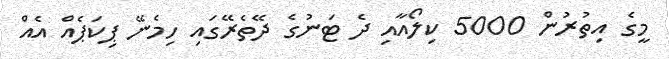
މީގެ އިތުރުން 5000 ކިލޯއާއި ދެ ޓަނުގެ ދޭތެރޭގައި ހިމެނޭ ޕިކަޕެއް އެއް